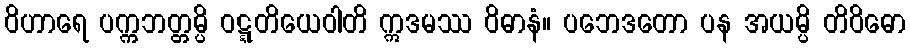
ဝိဟာရေ ပက္ကဘတ္တမ္ပိ ဝဋ္ဋတိယေဝါတိ ဣဒမဿ ဝိဓာနံ။ ပဘေဒတော ပန အယမ္ပိ တိဝိဓော